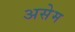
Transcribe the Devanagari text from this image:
असेम